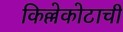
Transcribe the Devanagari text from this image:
किल्लेकोटाची